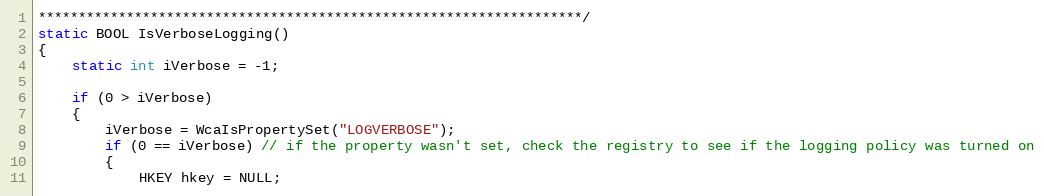
Language: C++
********************************************************************/
static BOOL IsVerboseLogging()
{
	static int iVerbose = -1;

	if (0 > iVerbose)
	{
		iVerbose = WcaIsPropertySet("LOGVERBOSE");
		if (0 == iVerbose) // if the property wasn't set, check the registry to see if the logging policy was turned on
		{
			HKEY hkey = NULL;